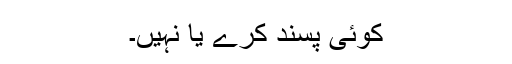
کوئی پسند کرے یا نہیں۔